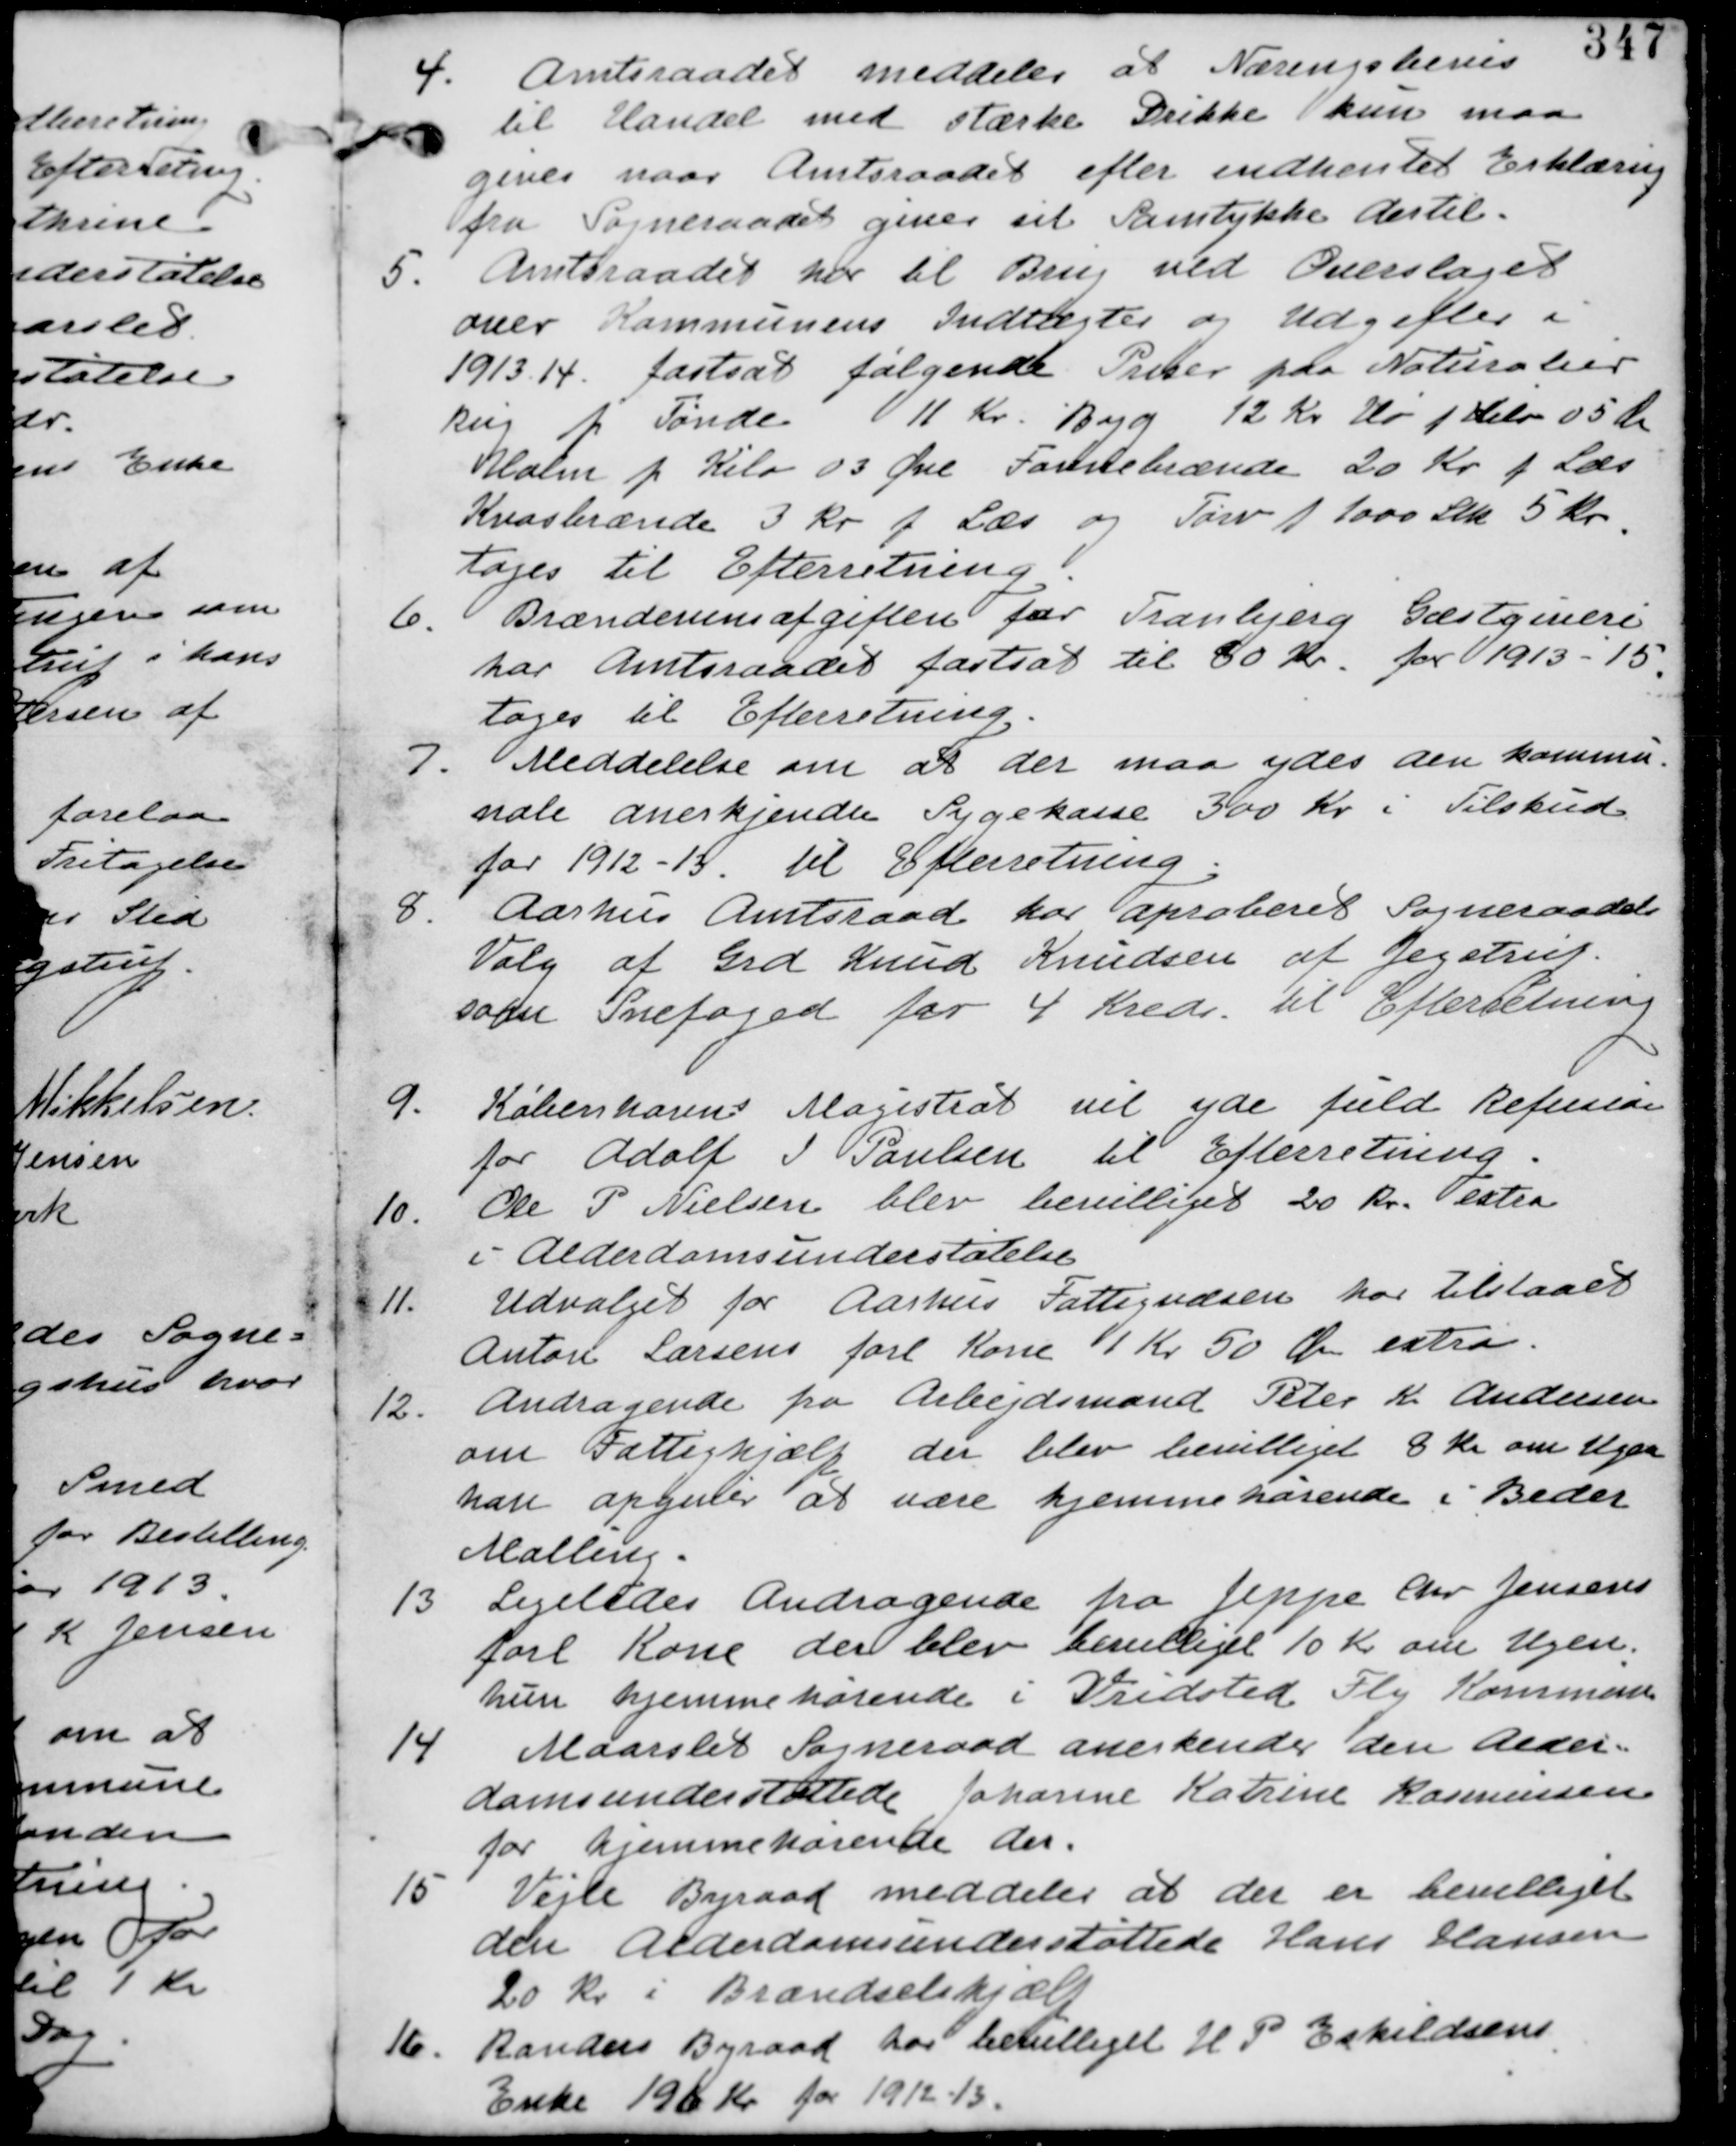
Transskription:
4. Amtsraadet meddeler at Næringsbevis
til Handel med stærke Drikke kun maa
gives naar Amtsraadet efter indhentet Erklæring
fra Sogneraadet giver samtykke dertil.

5. Amtsraadet har til brug ved Overslaget
over Kommunens Indtægter og Udgifter i
1913-14 fastsat følgende Priser paa Naturalier
Rug p Tønde 11 Kr. Byg 12 Kr Hø p Kilo 05 Øre
Halm p Kilo 03 Øre Favnebrænde 20 Kr p Læs
Kvasbrænde 3 Kr p Læs og Tørv p 1000 Stk 5 Kr.
tages til Efterretning

6. Brændevinsafgiften for Tranbjerg Gæstgiveri
har Amtsraadet fastssat til 80 Kr. for 1913-15.
tages til Efterretning.

7. Meddelelse om at ser maa ydes den kommu-
nale anerkjendte Sygekasse 300 Kr i Tilskud
for 1912-13. til Efterretning.

8. Aarhus Amtsraad har aproberet Sogneraadets
Valg af Grd Knud Knudsen af Jegstrup
som Snefoged for 4 Kreds. til Efterretning

9. Københavns Magistrat vil yde fuld Refusion
for Adolf J Paulsen til Efterretning.

10. Ole P Nielsen blev bevilliget 20 Kr extra
i Alderdomsunderstøttelse.

11. Udvalget for Aarhus Fattigvæsen har tilstaaet
Anton Larsen forl Kone 1 Kr 50 Øre extra.

12. Andragende fra Arbejdsmand Peter K Andersen
om Fattighjælp der blev bevilliget 8 Kr om Ugen
han opgiver at være hjemmehørende i Beder
Malling

13. Ligeledes Andragende fra Jeppe Chr Jensen
forl Kone der blev bevilliget 10 Kr om Ugen.
hun hjemmehørende i Vridsted Fly Kommune

14. Maarslet Sogneraad anerkender den Alder-
domsunderstøttede Johanne Katrine Rasmussen
for hjemmehørende der.

15. Vejle Byraad meddeler at der er bevilliget
den Alderdomsunderstøttede Hans Hansen
20 Kr i Brændselshjælp.

16. Randers Byraad har bevilliget H P Eskildsens
Enke 196 Kr for 1912-13.